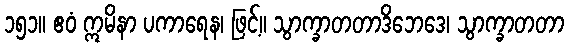
၁၅၁။ ဧဝံ ဣမိနာ ပကာရေန၊ ဖြင့်။ သွာက္ခာတတာဒိဘေဒေ၊ သွာက္ခာတတာ